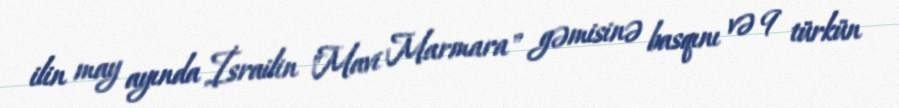
ilin may ayında İsrailin "Mavi Marmara" gəmisinə basqını və 9 türkün